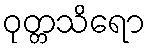
ဝုတ္တသိရော